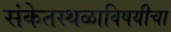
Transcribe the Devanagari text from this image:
संकेतस्थळाविषयीचा